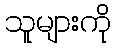
သူများကို